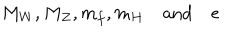
M _ { W } , M _ { Z } , m _ { f } , m _ { H } \quad \mathrm { a n d } \quad e